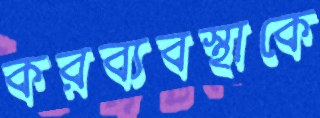
করব্যবস্থাকে